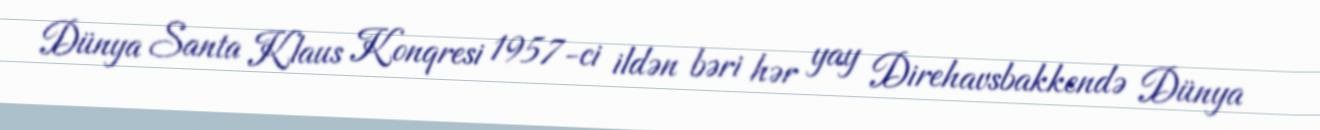
Dünya Santa Klaus Konqresi 1957-ci ildən bəri hər yay Direhavsbakkendə Dünya